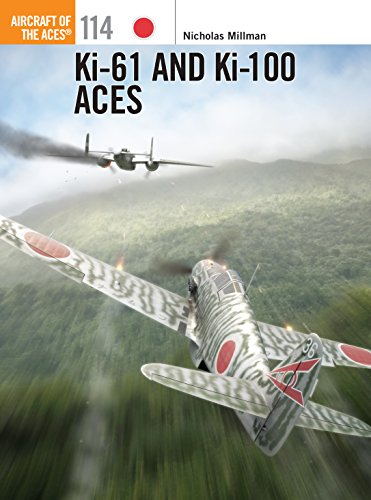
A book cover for Ki-61 and Ki-100 Aces (Aircraft of the Aces); Nicholas Millman; History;